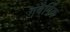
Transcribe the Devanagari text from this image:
गबैर्गिक